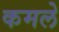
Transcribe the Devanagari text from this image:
कमले